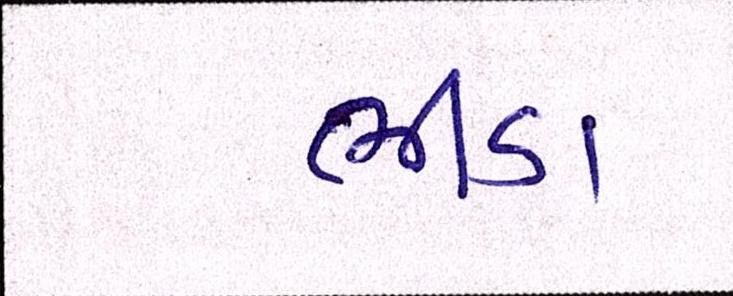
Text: ભીંડા